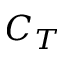
C _ { T }